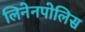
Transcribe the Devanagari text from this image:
लिनेनपोलिस